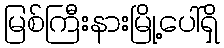
မြစ်ကြီးနားမြို့ပေါ်ရှိ